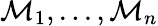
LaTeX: \mathcal{M}_{1},...,\mathcal{M}_{n}